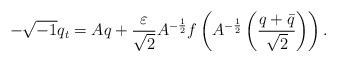
LaTeX: \begin{align*}-\sqrt{-1}q_t=Aq+\frac{\varepsilon}{\sqrt{2}}A^{-\frac12}f\left(A^{-\frac12}\left(\frac{q+\bar q}{\sqrt{2}}\right)\right).\end{align*}